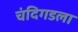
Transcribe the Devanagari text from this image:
चंदिगडला